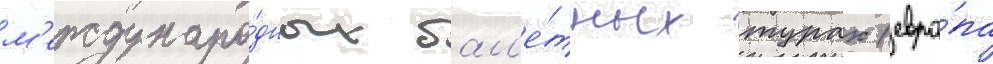
м'еждунаро́дных бал'е́тных турах (евро́па